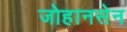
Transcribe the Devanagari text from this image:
जोहानसेन